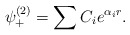
\begin{align*}\psi _{+}^{(2)}=\sum C_ie^{\alpha _ir}.\end{align*}